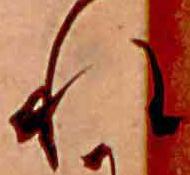
れ